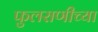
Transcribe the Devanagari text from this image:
फुलराणीच्या